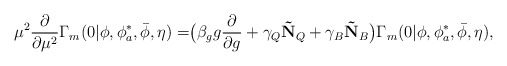
\begin{align*}\mu^2 \frac{\partial}{\partial \mu^2} \Gamma_m(0| \phi, \phi_a^*, \bar{\phi}, \eta) = \bigr( \beta_g g \frac{\partial}{\partial g} +\gamma_Q \mathbf{\tilde{N}}_Q + \gamma_B \mathbf{\tilde{N}}_B \bigr) \Gamma_m(0| \phi, \phi_a^*, \bar{\phi}, \eta),\end{align*}